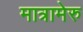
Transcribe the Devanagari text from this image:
मात्रामेरु